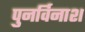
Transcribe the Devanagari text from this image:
पुनर्विनाश